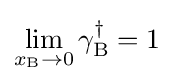
\lim _{x_{\mathrm {B} }\to 0}\gamma _{\mathrm {B} }^{\dagger }=1\;